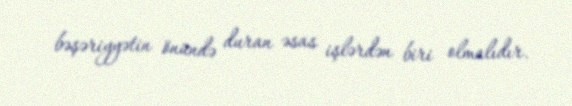
bəşəriyyətin önündə duran əsas işlərdən biri olmalıdır.